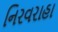
નિરવરાહા